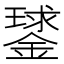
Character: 𨫣